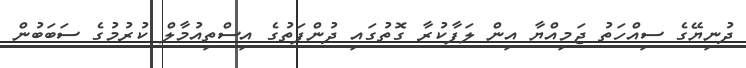
ދުނިޔޭގެ ސިއްހަތު ޖަމިއްޔާ އިން ލަފާކުރާ ގޮތުގައި ދުންފަތުގެ އިސްތިއުމާލް ކުރުމުގެ ސަބަބުން